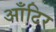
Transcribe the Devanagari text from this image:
आँटिर